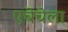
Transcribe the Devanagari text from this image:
एचेचेला